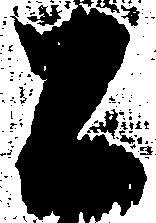
公